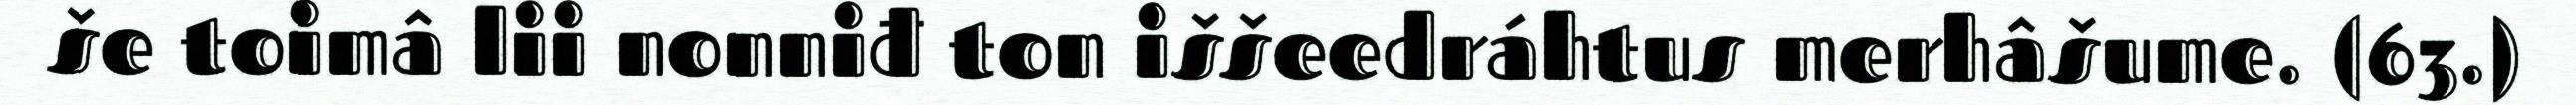
še toimâ lii nonniđ ton iššeedráhtus merhâšume. (63.)